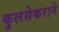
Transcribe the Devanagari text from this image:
कुलसेकराने